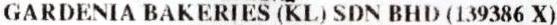
GARDENIA BAKERIES (KL) SDN BHD (139386 X)